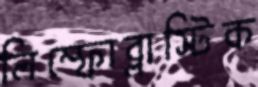
লিম্ফোব্লাস্টিক